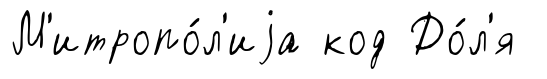
М'итропо́л'иjа код До́л'я